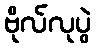
ဗိုလ်လုပွဲ